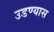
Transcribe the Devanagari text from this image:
उडण्यास